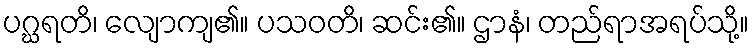
ပဂ္ဃရတိ၊ လျောကျ၏။ ပသဝတိ၊ ဆင်း၏။ ဌာနံ၊ တည်ရာအရပ်သို့။